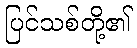
ပြင်သစ်တို့၏